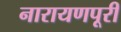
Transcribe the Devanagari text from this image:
नारायणपूरी